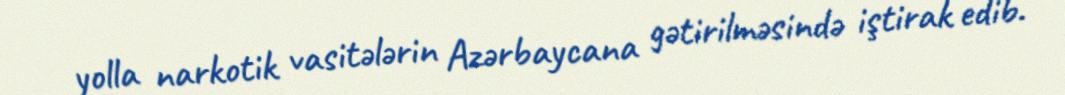
yolla narkotik vasitələrin Azərbaycana gətirilməsində iştirak edib.